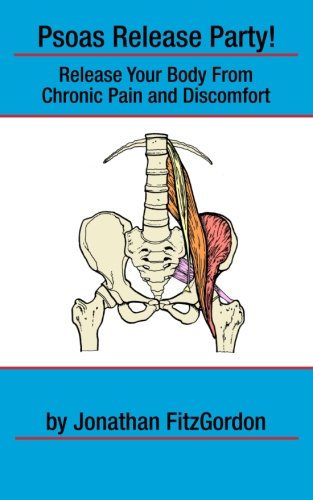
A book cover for Psoas Release Party!: Release Your Body From Chronic Pain and Discomfort (Core Walking); Jonathan FitzGordon; Health, Fitness & Dieting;